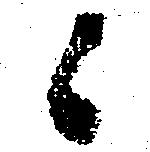
候